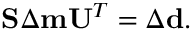
\begin{array} { r } { \mathbf { S } \Delta \mathbf { m } \mathbf { U } ^ { T } = \Delta \mathbf { d } . } \end{array}